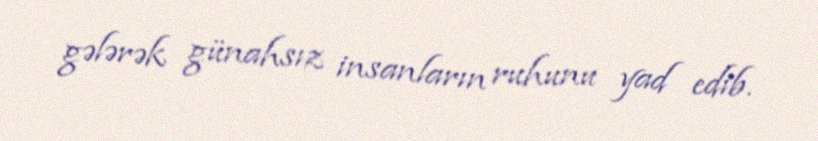
gələrək günahsız insanların ruhunu yad edib.